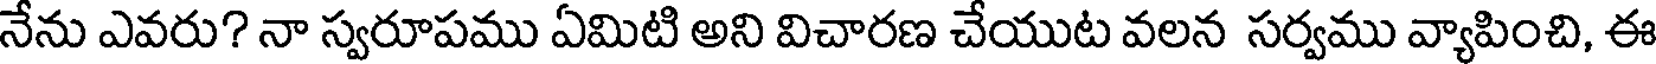
నేను ఎవరు? నా స్వరూపము ఏమిటి అని విచారణ చేయుట వలన సర్వము వ్యాపించి, ఈ